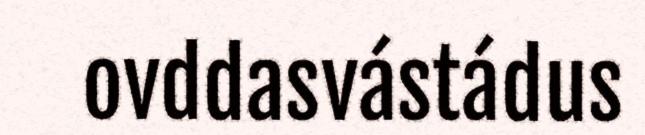
ovddasvástádus